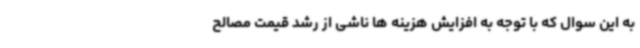
به این سوال که با توجه به افزایش هزینه ها ناشی از رشد قیمت مصالح